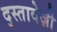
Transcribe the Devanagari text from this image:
द्स्तावेज़ी